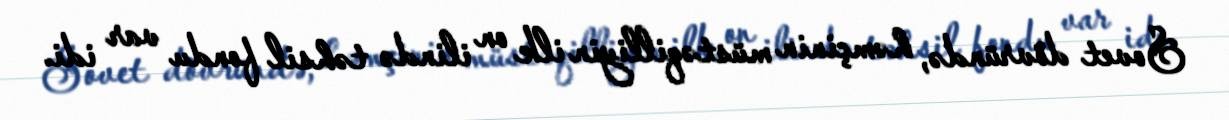
Sovet dövründə, həmçinin müstəqilliyin ilk on ilində təhsil fondu var idi.